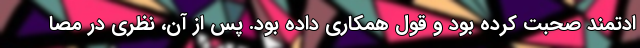
ادتمند صحبت کرده بود و قول همکاری داده بود. پس از آن، نظری در مصا